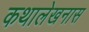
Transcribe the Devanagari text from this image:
कथालेखनास